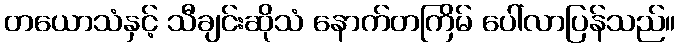
တယောသံနှင့် သီချင်းဆိုသံ နောက်တကြိမ် ပေါ်လာပြန်သည်။